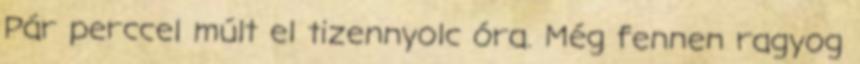
Pár perccel múlt el tizennyolc óra. Még fennen ragyog